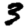
Digit: 3